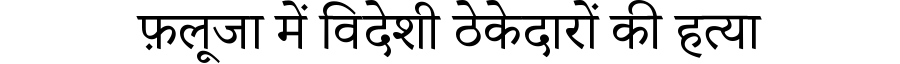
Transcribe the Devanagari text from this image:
फ़लूजा में विदेशी ठेकेदारों की हत्या